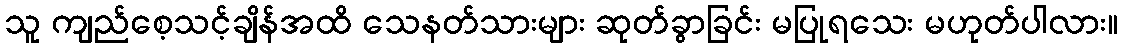
သူ ကျည်စေ့သင့်ချိန်အထိ သေနတ်သားများ ဆုတ်ခွာခြင်း မပြုရသေး မဟုတ်ပါလား။